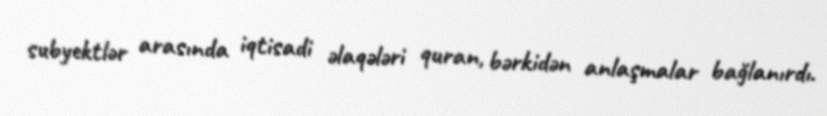
subyektlər arasında iqtisadi əlaqələri quran, bərkidən anlaşmalar bağlanırdı.